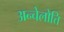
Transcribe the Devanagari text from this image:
अन्चेलोत्ति